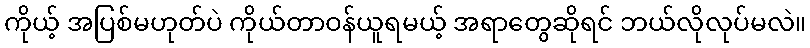
ကိုယ့် အပြစ်မဟုတ်ပဲ ကိုယ်တာဝန်ယူရမယ့် အရာတွေဆိုရင် ဘယ်လိုလုပ်မလဲ။